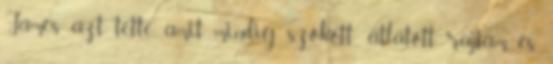
James azt tette, amit mindig szokott: átlátott rajtam, és